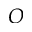
O